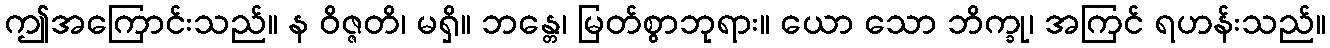
ဤအကြောင်းသည်။ န ဝိဇ္ဇတိ၊ မရှိ။ ဘန္တေ၊ မြတ်စွာဘုရား။ ယော သော ဘိက္ခု၊ အကြင် ရဟန်းသည်။